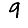
Digit: 9